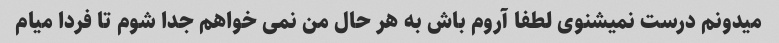
میدونم درست نمیشنوی لطفا آروم باش به هر حال من نمی خواهم جدا شوم تا فردا میام